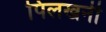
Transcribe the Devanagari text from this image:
पिलखनी